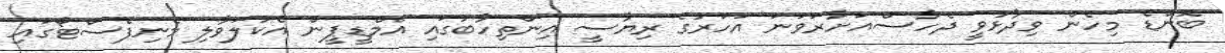
ބޮންޑެ މިހެން ވިދާޅުވީ ދެހާސްއަށާރަވަނަ އަހަރުގެ ރިޔާސީ އިންތިހާބުގައި އެމްޑީޕީން އެކުލަވާލި މެނިފެސްޓޯގައި